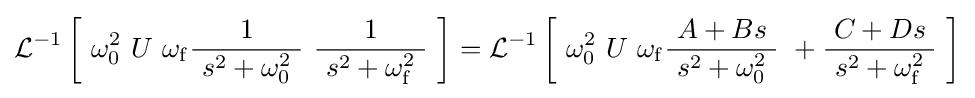
\operatorname {\mathcal {L}} ^{-1}\left[\ \omega _{0}^{2}\ U\ \omega _{\mathrm {f} }{\frac {1}{\ s^{2}+\omega _{0}^{2}\ }}\ {\frac {1}{\ s^{2}+\omega _{\mathrm {f} }^{2}\ }}\ \right]=\operatorname {\mathcal {L}} ^{-1}\left[\ \omega _{0}^{2}\ U\ \omega _{\mathrm {f} }{\frac {A+Bs}{\ s^{2}+\omega _{0}^{2}\ }}\ +{\frac {C+Ds}{\ s^{2}+\omega _{\mathrm {f} }^{2}\ }}\ \right]